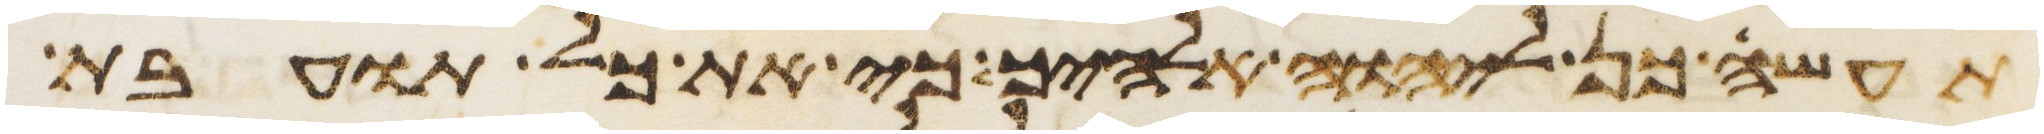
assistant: תעשה כן ליהוה אלהיך כי את כל תועבת